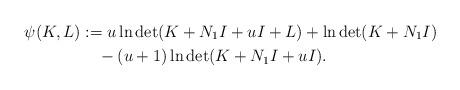
LaTeX: \begin{align*}\psi(K,L)&:=u\ln\det(K+N_1I+uI+L)+\ln \det (K+N_1I)\\&\quad-(u+1)\ln\det(K+N_1I+uI).\end{align*}